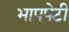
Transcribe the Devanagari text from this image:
भापपेटी